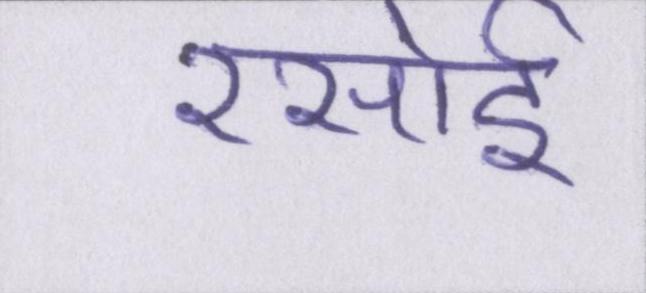
रसोई